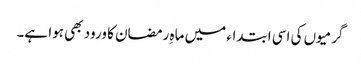
گرمیوں کی اسی ابتداء میں ماہِ رمضان کا ورود بھی ہوا ہے۔